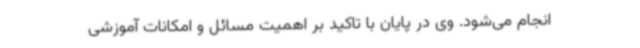
انجام می‌شود. وی در پایان با تاکید بر اهمیت مسائل و امکانات آموزشی